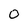
Character: 0